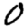
Digit: 0